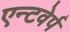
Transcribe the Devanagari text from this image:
एन्टवेर्प